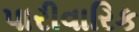
પારીવારિક